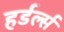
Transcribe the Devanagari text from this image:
हर्डर्ल्स